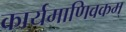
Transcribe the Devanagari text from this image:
कार्यमाणिवकम्